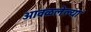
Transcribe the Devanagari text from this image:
आवळलेल्या